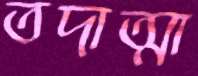
তদাত্মা